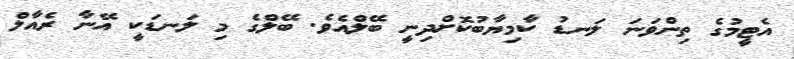
އެޓީމުގެ ތިންވަނަ ލަނޑު ކާމިޔާބުކޮށްދިނީ ބޭލްއެވެ. ބޭލްގެ މި ލަނޑަކީ އޭނާ ރެއާލް